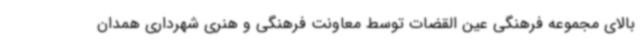
بالای مجموعه فرهنگی عین القضات توسط معاونت فرهنگی و هنری شهرداری همدان